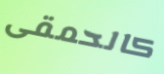
كالحمقى